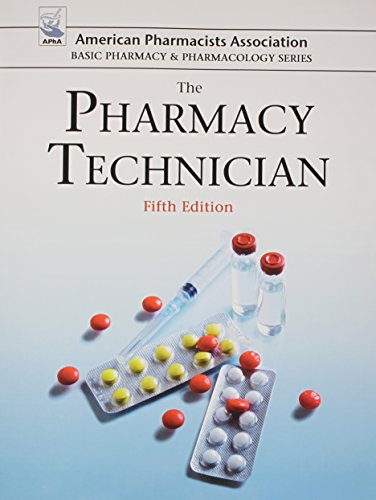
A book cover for The Pharmacy Technician (American Pharmacists Association Basic Pharmacy & Pharmacology); Perspective Press; Medical Books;